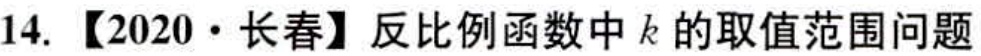
14. 【2020·长春】反比例函数中 \(k\) 的取值范围问题